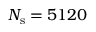
N _ { \mathrm { s } } = 5 1 2 0